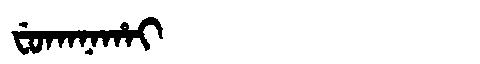
Manchu: ᠸᡠᡴᠠᠨᠠᡥᠠᡳ
Romanization: FUKANAHAI